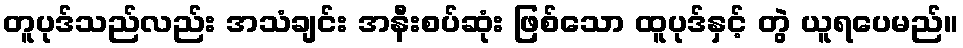
တူပုဒ်သည်လည်း အသံချင်း အနီးစပ်ဆုံး ဖြစ်သော ထူပုဒ်နှင့် တွဲ ယူရပေမည်။